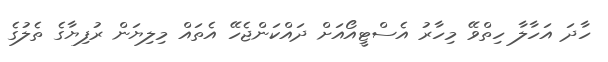
ހާދަ އަހާލާ ހިތްވޭ މިހާރު އެސްޓީއޯއަށް ދައްކަންޖެހޭ އެތައް މިލިޔަން ރުފިޔާގެ ތެލުގެ